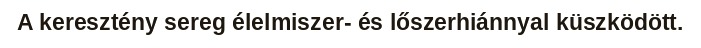
A keresztény sereg élelmiszer- és lőszerhiánnyal küszködött.